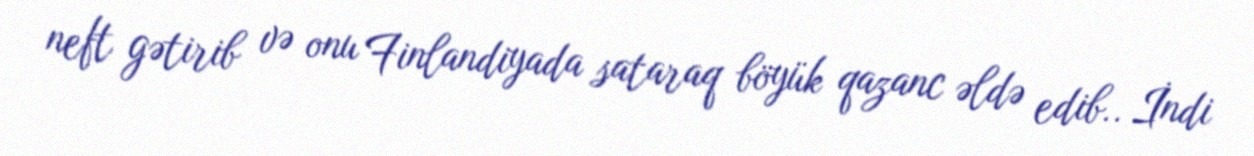
neft gətirib və onu Finlandiyada sataraq böyük qazanc əldə edib.. İndi